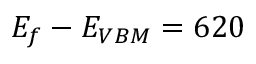
E _ { f } - E _ { V B M } = 6 2 0